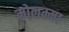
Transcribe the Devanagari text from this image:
मोलम्मा